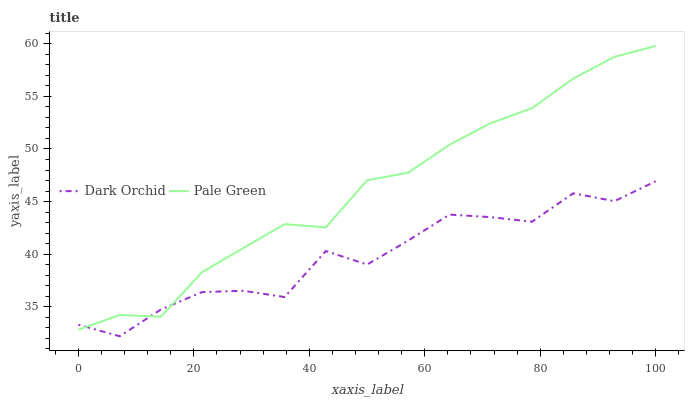
| xaxis_label | Dark Orchid | Pale Green |
 | --- | --- | --- |
 | 0 | 33.3 | 32.8 |
 | 7.14 | 32.2 | 34.2 |
 | 14.3 | 34.8 | 34.1 |
 | 21.4 | 36.4 | 38.3 |
 | 28.6 | 36.5 | 40.6 |
 | 35.7 | 35.9 | 42.9 |
 | 42.9 | 40.3 | 42.6 |
 | 50 | 39 | 47 |
 | 57.1 | 41.3 | 47.7 |
 | 64.3 | 43.8 | 50.4 |
 | 71.4 | 43.5 | 52.5 |
 | 78.6 | 43.1 | 53.9 |
 | 85.7 | 45.8 | 56.7 |
 | 92.9 | 45 | 58.8 |
 | 100 | 46.9 | 59.8 |